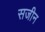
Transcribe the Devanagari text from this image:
सजीन